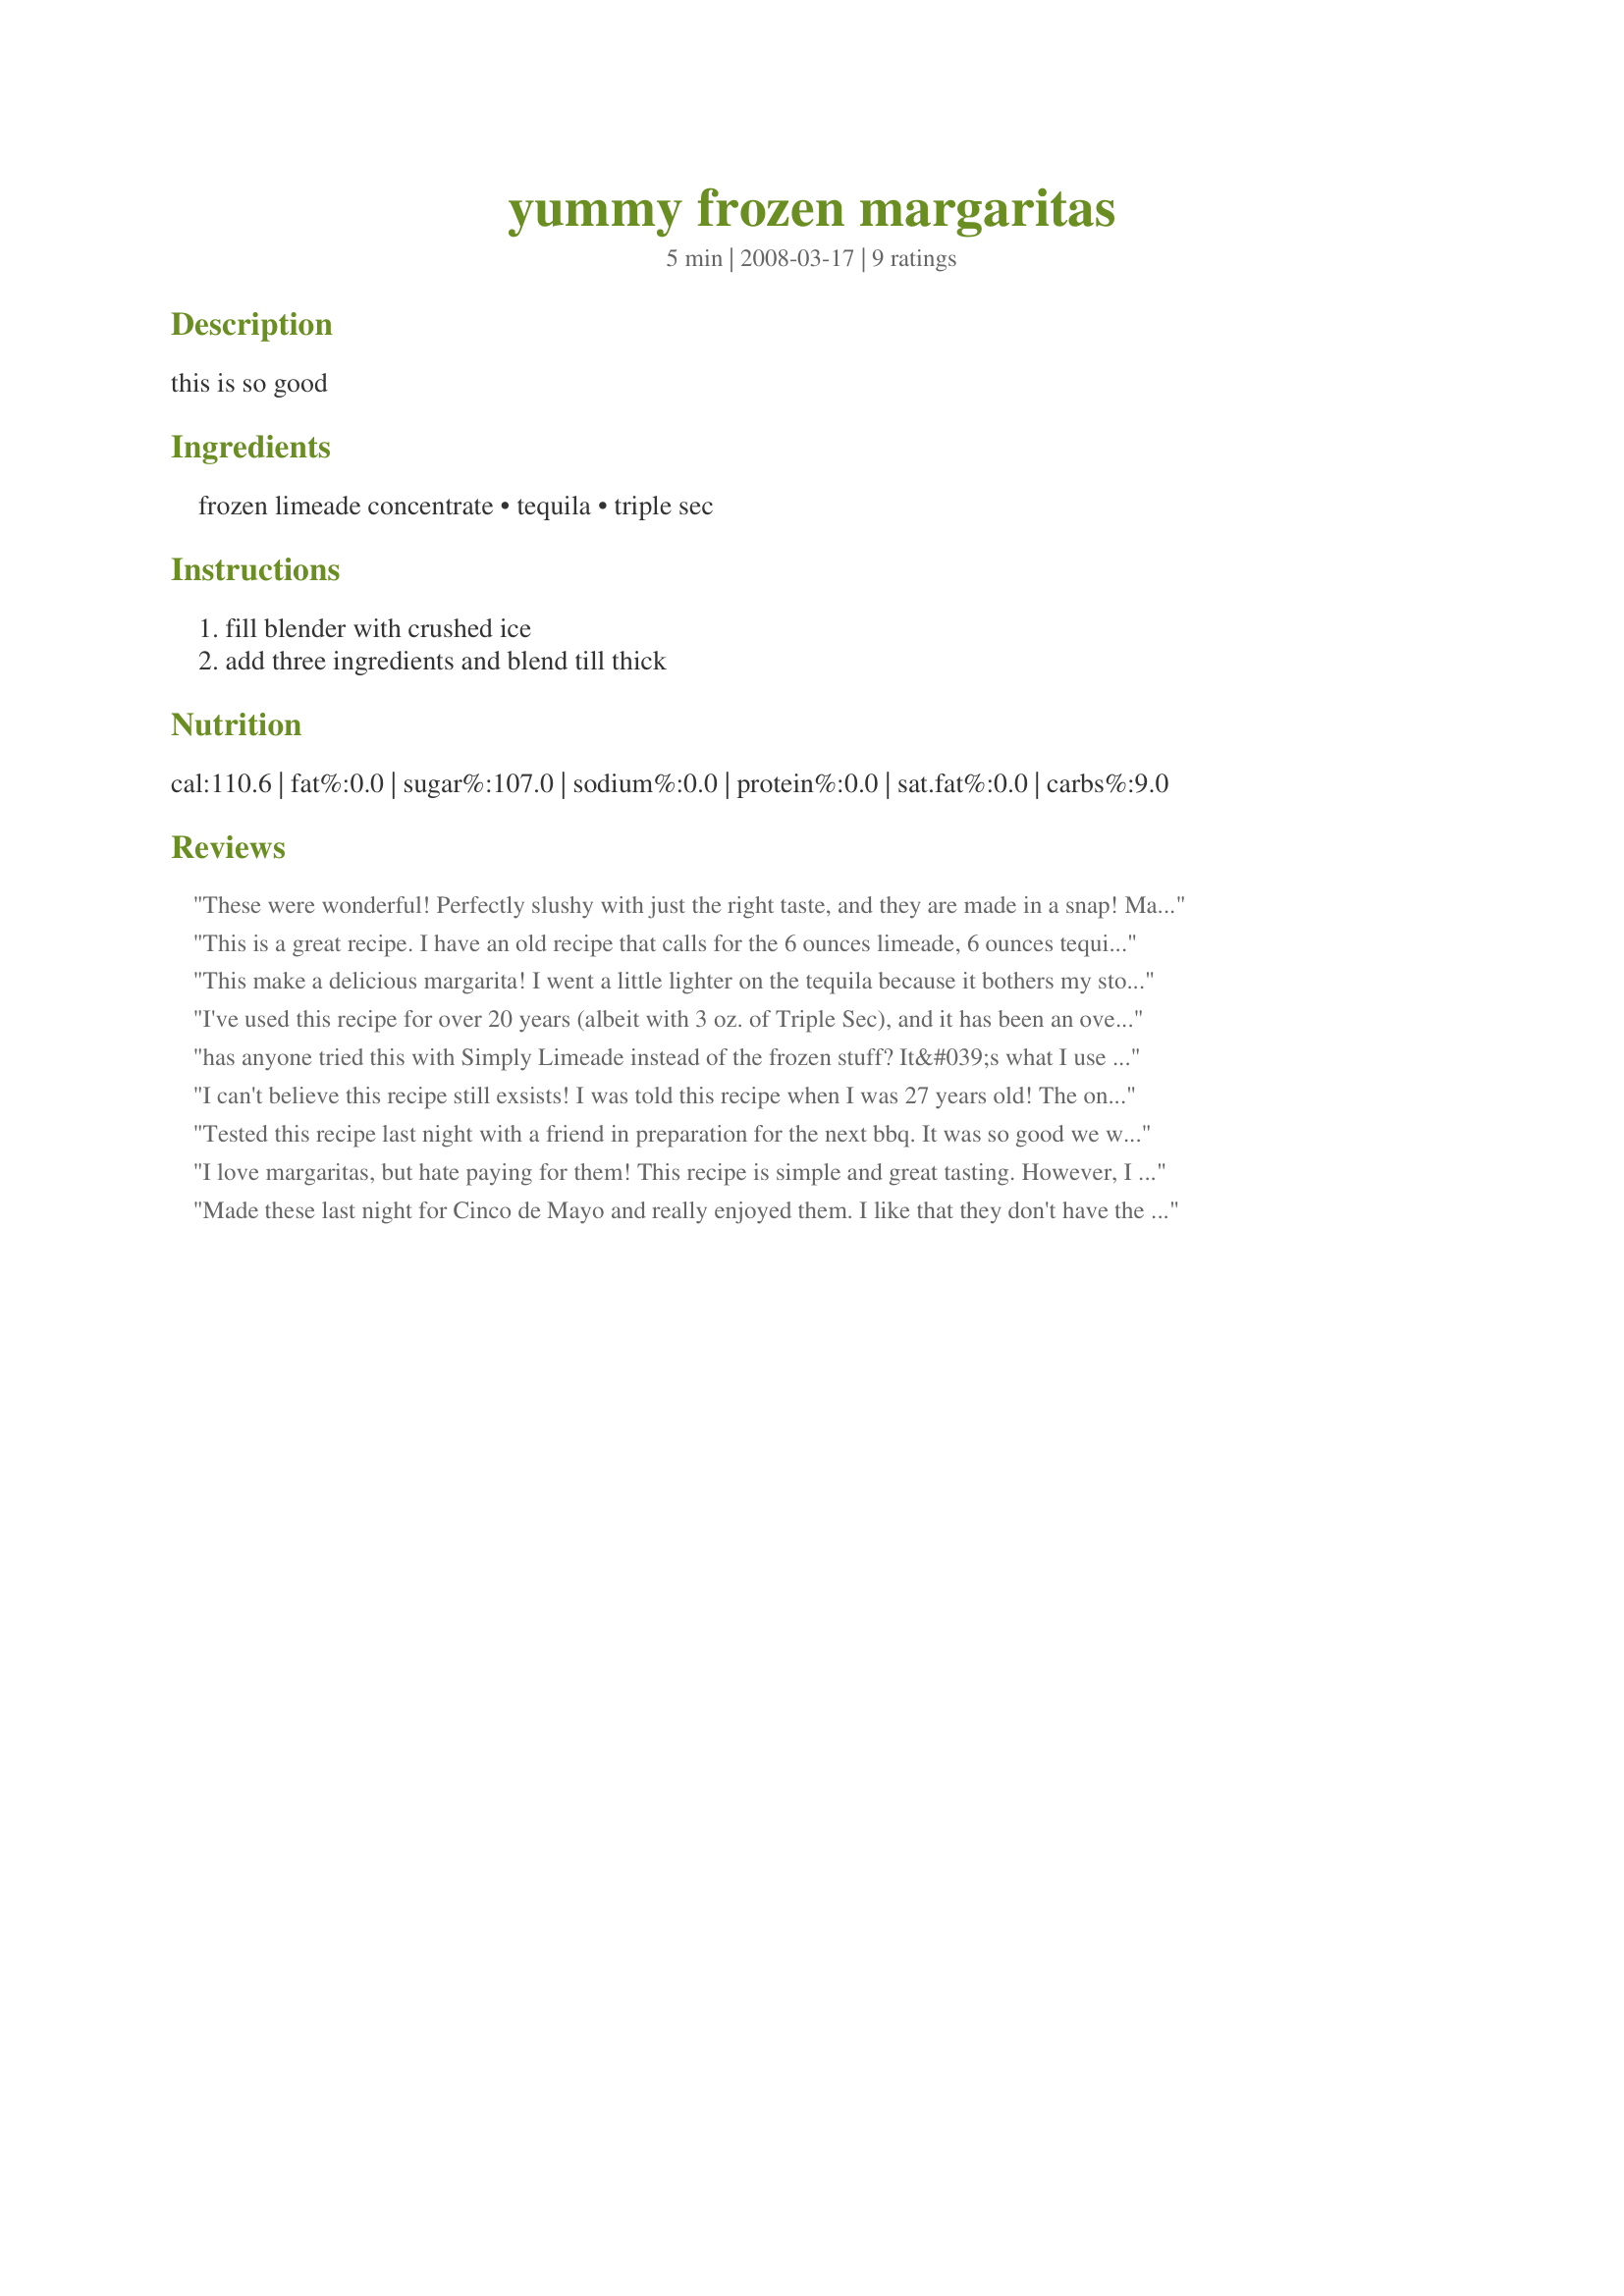
yummy frozen margaritas
Preparation time: 5 minutes

this is so good

Ingredients:
frozen limeade concentrate, tequila, triple sec

Steps:
fill blender with crushed ice, add three ingredients and blend till thick

Reviews:
These were wonderful! Perfectly slushy with just the right taste, and they are made in a snap! Made for PAC Spring 2008. ~Sue
This is a great recipe. I have an old recipe that calls for the 6 ounces limeade, 6 ounces tequila, and 6 ounces of beer, all measured in the limeade can. Try it sometime. You'll like it also!
This make a delicious margarita! I went a little lighter on the tequila because it bothers my stomach but really enjoyed it all. Made for Let's P-A-R-T-Y! ~2010<br/>.
I've used this recipe for over 20 years (albeit with 3 oz. of Triple Sec), and it has been an overwhelming favorite from day one.
has anyone tried this with Simply Limeade instead of the frozen stuff? It&#039;s what I use for ritas on the rocks and it&#039;s very good. i also use Contreau or Patron Orange Liqueur instead of Triple Sec.
I can't believe this recipe still exsists! I was told this recipe when I was 27 years old! The one thing I would suggest is to use a good quality frozen limeade(store brand looses in flavor).I didn't use crushed ice,just store bought ice which can be handled in a regular blender.Also put the limeade in first,then the ice then the liquor.Love this recipe,make several batches ahead,put in a container into the freezer and just scoop it out anytime and inpress the company.I have always kept this recipe to myself and friends and family were always impressed. Glad to see it is still "floating" around out there. This recipe also does not give you "acid burn" like you will get with the restaurant version.
Tested this recipe last night with a friend in preparation for the next bbq. It was so good we went through a second pitcher!
I love margaritas, but hate paying for them! This recipe is simple and great tasting. However, I used rum instead of tequila and grand marnier instead of triple sec. Also, 2 shots of limoncello made for an extra level of depth in the flavor.
Made these last night for Cinco de Mayo and really enjoyed them. I like that they don't have the sweet soda in them. Nice, basic recipe and just too easy! I'm sure we'll be having these again.
